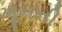
ખૂનની